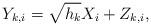
LaTeX: \begin{align*}Y_{k,i} = \sqrt{h_k}X_{i}+ Z_{k,i}, \end{align*}